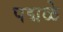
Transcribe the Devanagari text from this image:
पद्मळे